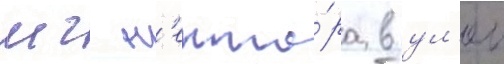
мг н'екта́ра в ул'еи